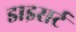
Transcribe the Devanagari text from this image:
डाइसर्ट